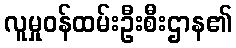
လူမှုဝန်ထမ်းဦးစီးဌာန၏